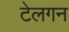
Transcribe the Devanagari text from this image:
टेलगन